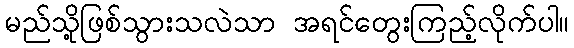
မည်သို့ဖြစ်သွားသလဲသာ အရင်တွေးကြည့်လိုက်ပါ။